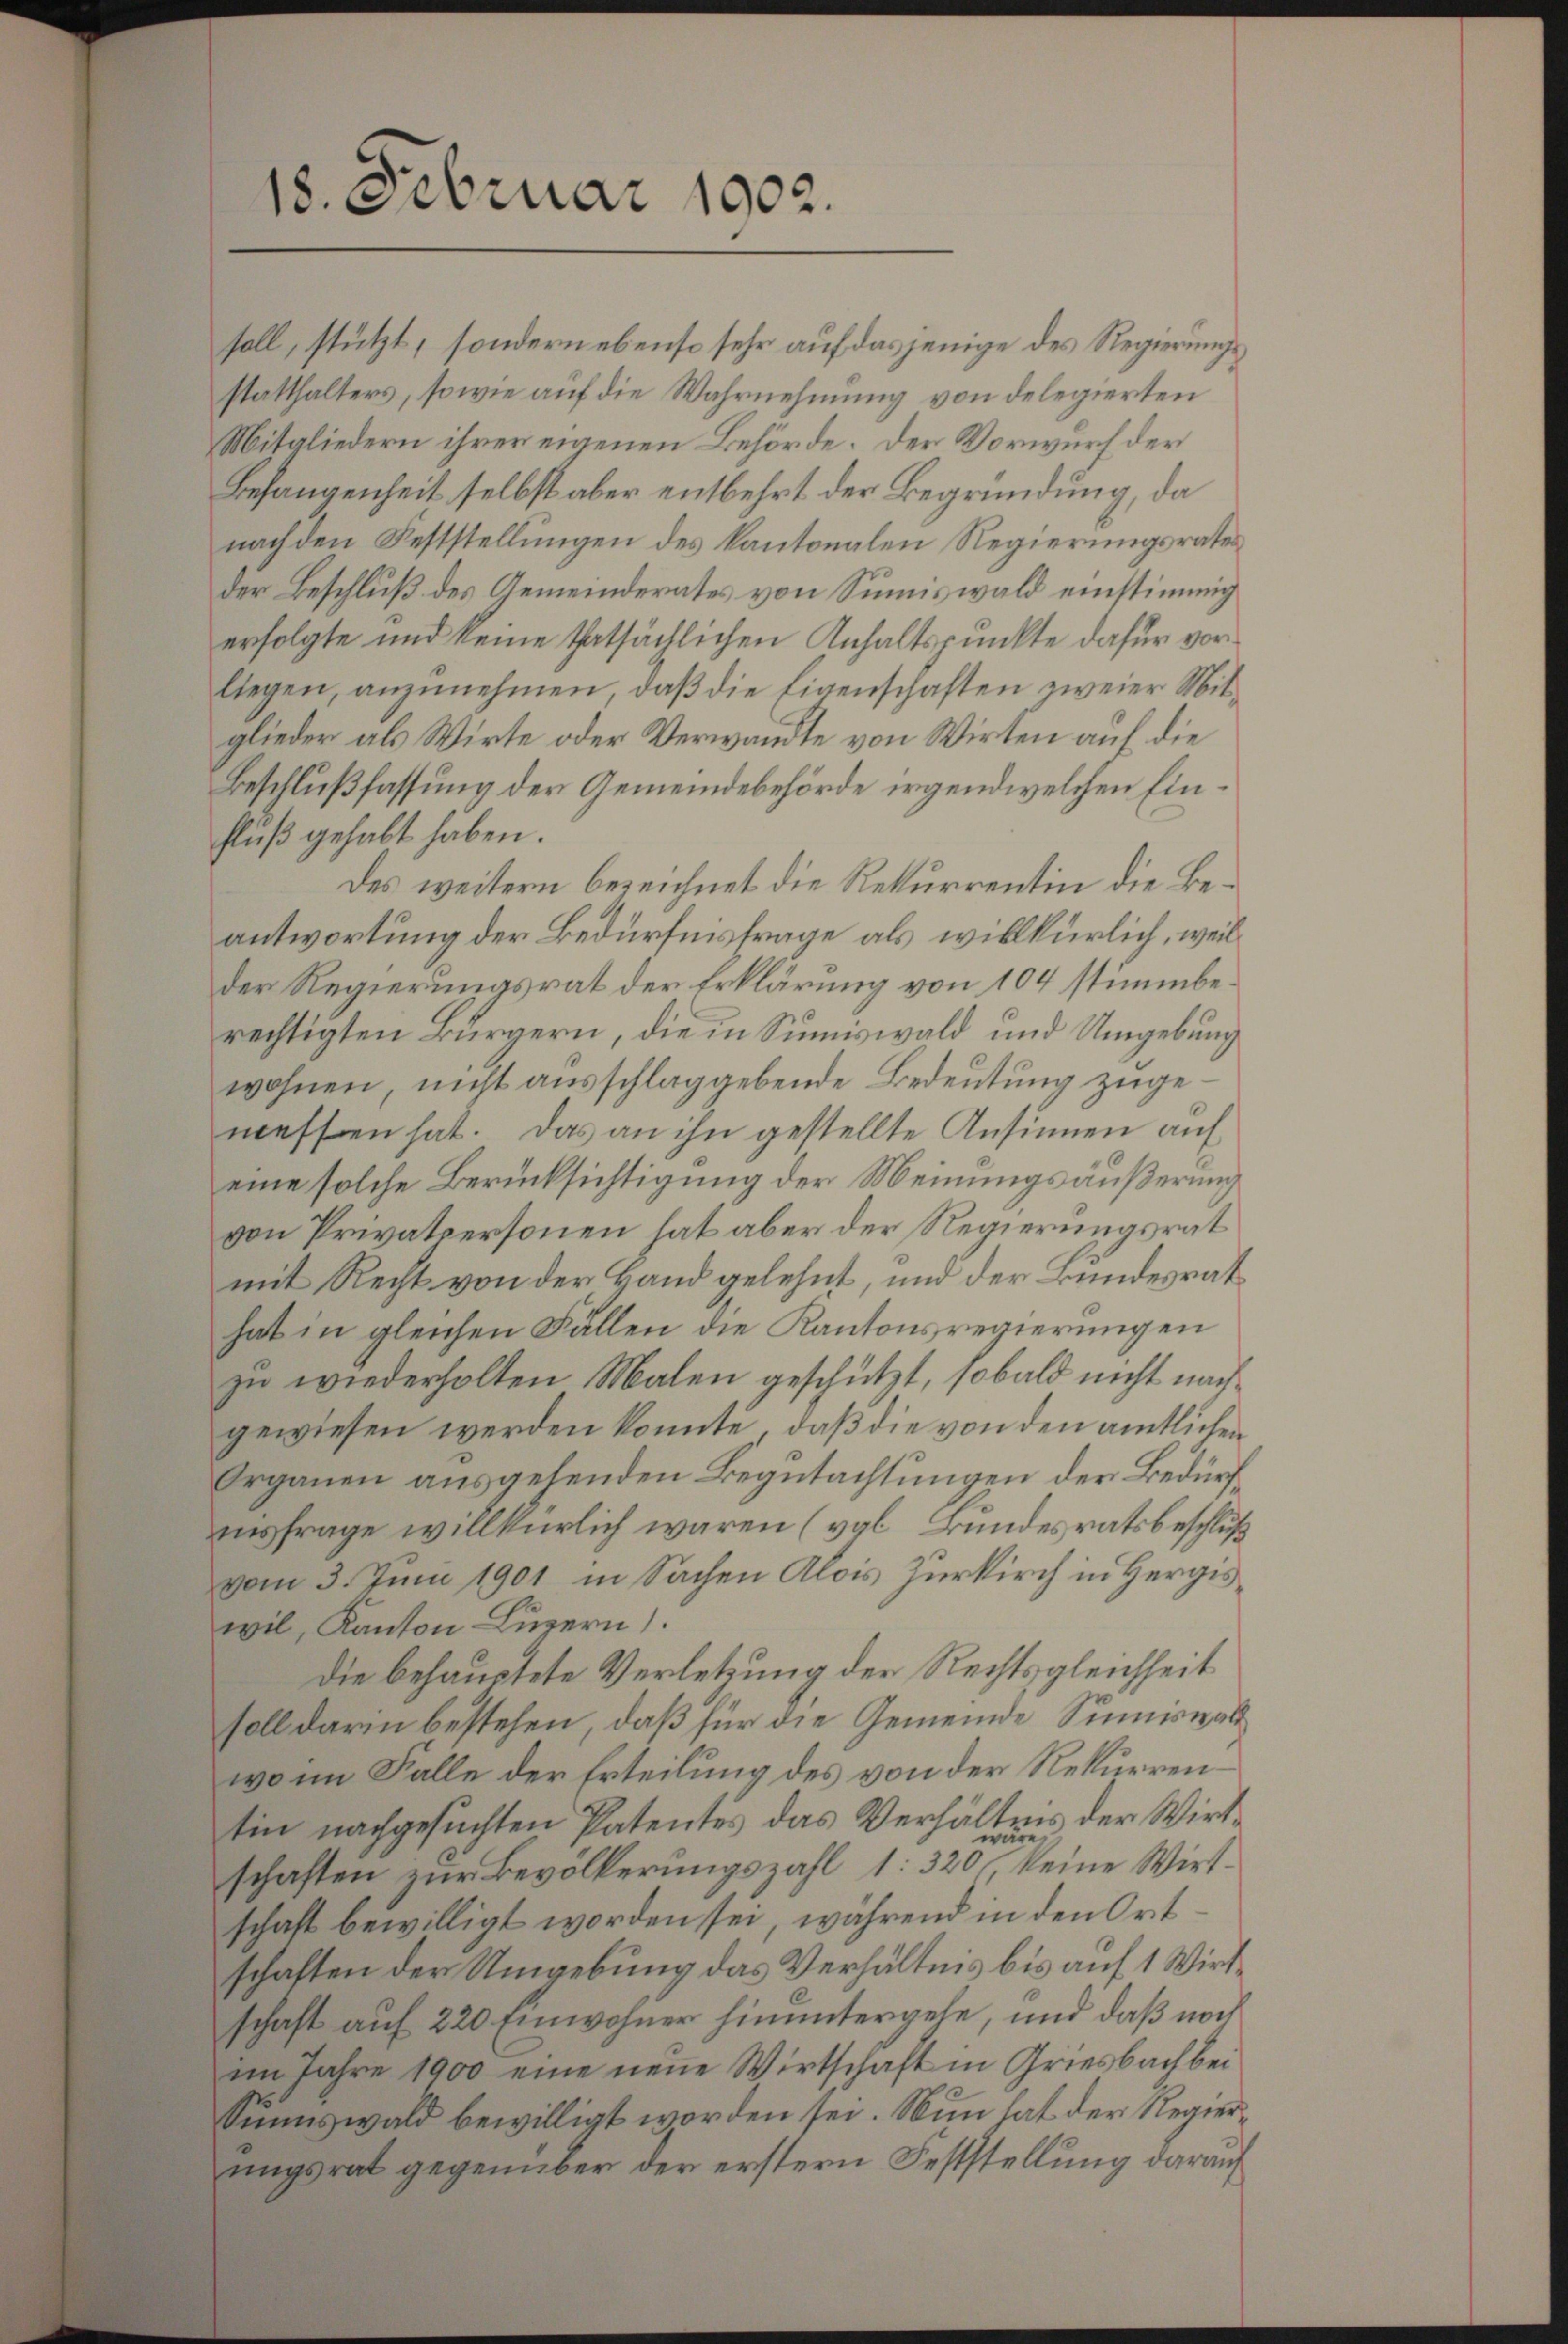
soll, stützt, sondern ebenso sehr auf dasjenige des Regierungsstatthalters, sowie auf die Wahrnehmung von delegierten
Mitgliedern ihrer eigenen Behörde. Der Vorwurf der
Befangenheit selbst aber entbehrt der Begründung, da
nach den Feststellungen des Kantonalen Regierungsrates
der Beschluß des Gemeinderates von Summiswald einstimmig
erfolgte und keine thatsächlichen Anhaltspunkte dafür vorliegen, anzunehmen, daß die Eigenschaften zweier Mitglieder als Wirte oder Verwandte von Wirten auf die
Beschlußfassung der Gemeindebehörde irgendwelchen Einfluß gehabt haben.
Des weitern bezeichnet die Rekurrentin die Beantwortung der Bedürfnisfrage als willkürlich, weil
der Regierungsrat der Erklärung von 104 stimmberechtigten Bürgern, die in Summiswald und Umgebung
wohnen, nicht ausschlag gebende Bedeutung zugemessen hat. Das an ihn gestellte Ansinnen auf
eine solche Berücksichtigung der Meinungsäußerung
von Privatpersonen hat aber der Regierungsrat
mit Recht von der Hand gelehnt, und der Bundesrat
hat in gleichen Fallen die Kantonsregierungen
zu wiederholten Malen geschützt, sobald nicht nachgewiesen werden könnte, daß die von den amtlichen
Organen ausgehenden Begutachtungen der Bedürfinsfrage willkürlich waren (vgl. Bundesratsbeschluß
vom 3. Juni 1901 in Sachen Alois Zurkirch in Hergiswil, Kanton Luzern).
die behauptete Verletzung der Rechtsgleichheit
soll darin bestehen, daß für die Gemeinde Sinniswal
wo im Falle der Erteilung des von der Rekurrentin nachgesuchten Patentes das Verhältnis der Wirtschaften zur Bevölkerungszahl 132 der seine Wirtschaft bewilligt worden sei, während in den Ort
schaften der Umgebung das Verhältnis bis auf 1 Wirtschaft auf 220 Einwohner hinuntergehe, und daß noch
im Jahre 1900 eine neue Wirtschaft in Griesbach bei
Sunnswald bewilligt worden sei. Nun hat der Regierungsrat gegenüber der erstern Feststellung darauf

18. Februar 1902.